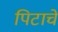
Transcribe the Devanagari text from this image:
पिटाचे